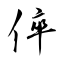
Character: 倅